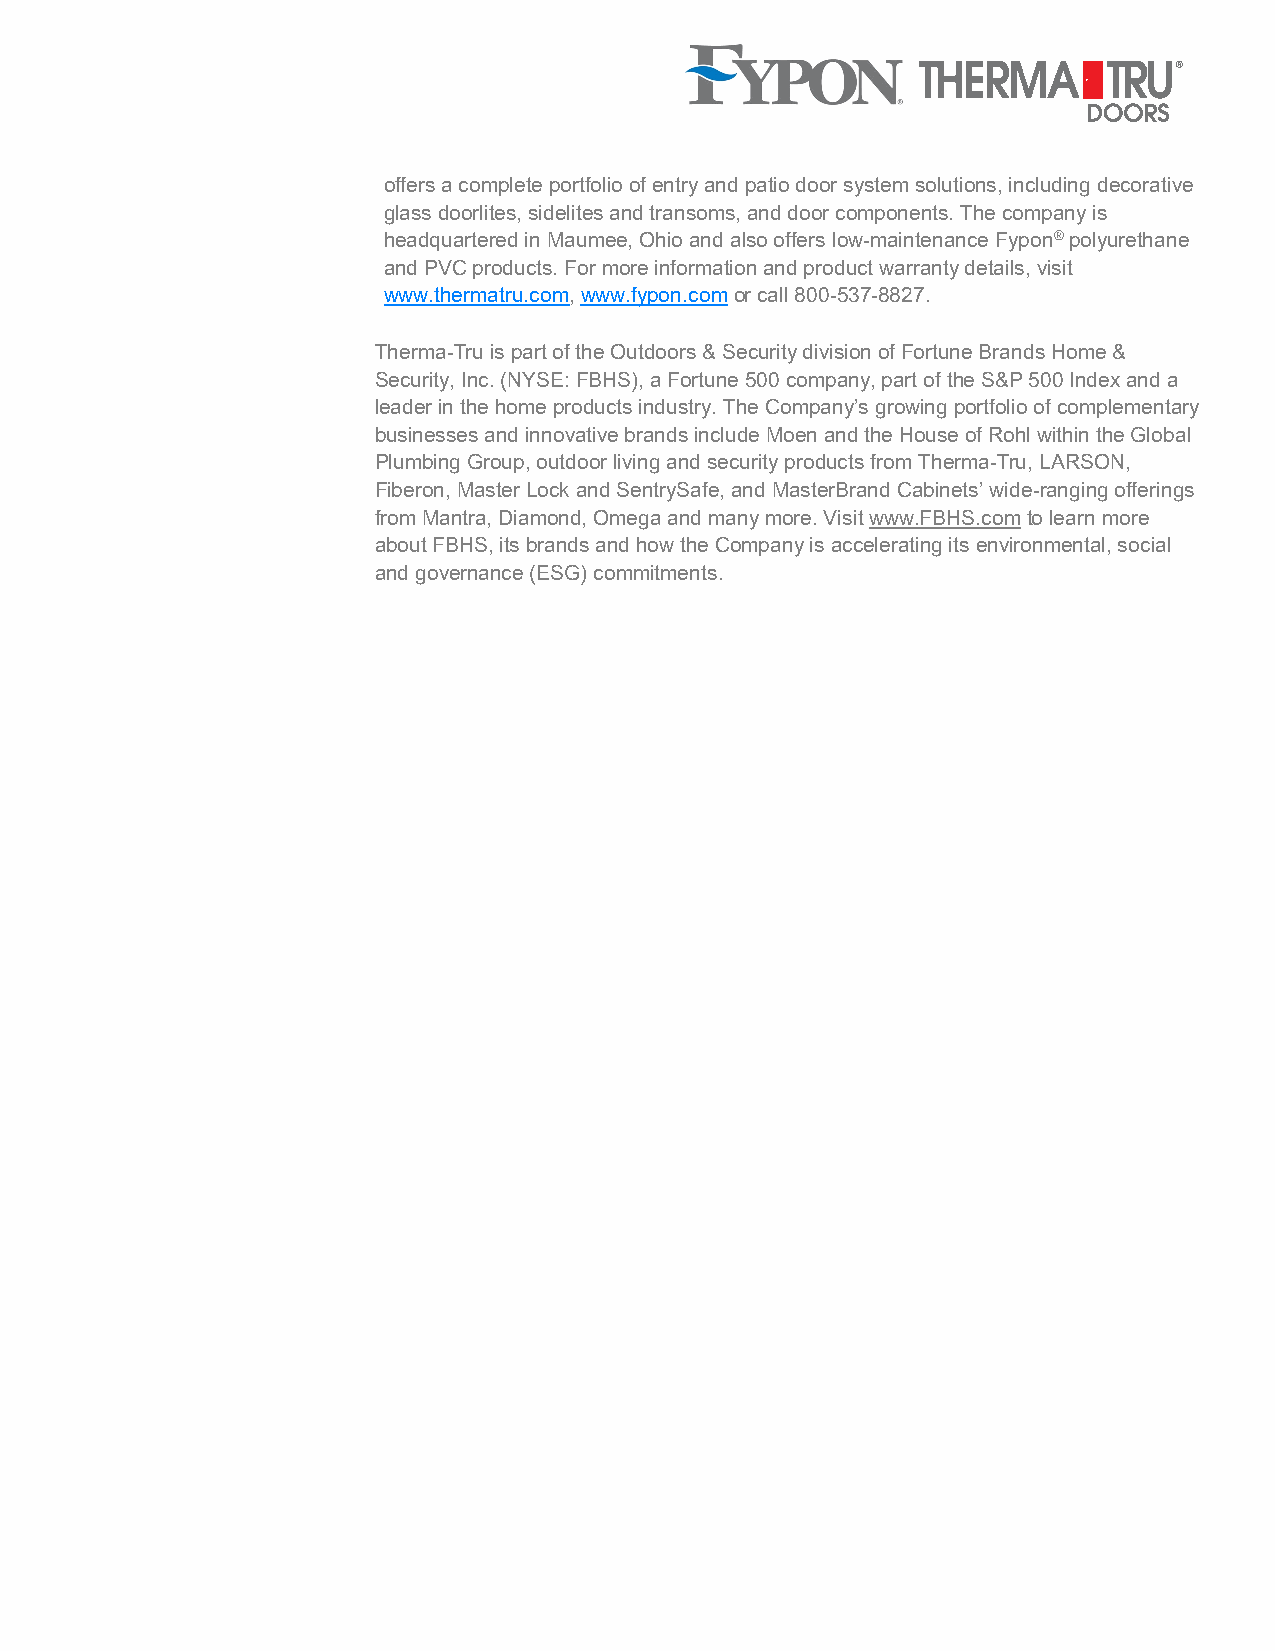
offers a complete portfolio of entry and patio door system solutions, including decorative
 glass doorlites, sidelites and transoms, and door components. The company is
 headquartered in Maumee, Ohio and also offers low-maintenance Fypon® polyurethane
 and PVC products. For more information and product warranty details, visit
 www.thermatru.com, www.fypon.com or call 800-537-8827.
 Therma-Tru is part of the Outdoors & Security division of Fortune Brands Home &
 Security, Inc. (NYSE: FBHS), a Fortune 500 company, part of the S&P 500 Index and a
 leader in the home products industry. The Company’s growing portfolio of complementary
 businesses and innovative brands include Moen and the House of Rohl within the Global
 Plumbing Group, outdoor living and security products from Therma-Tru, LARSON,
 Fiberon, Master Lock and SentrySafe, and MasterBrand Cabinets’ wide-ranging offerings
 from Mantra, Diamond, Omega and many more. Visit www.FBHS.com to learn more
 about FBHS, its brands and how the Company is accelerating its environmental, social
 and governance (ESG) commitments.